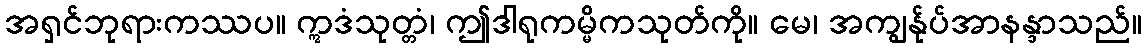
အရှင်ဘုရားကဿပ။ ဣဒံသုတ္တံ၊ ဤဒါရုကမ္မိကသုတ်ကို။ မေ၊ အကျွန်ုပ်အာနန္ဒာသည်။